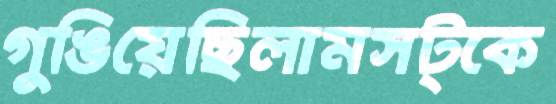
গুঙিয়েছিলামসট্‌কে